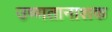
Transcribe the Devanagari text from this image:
उष्णतानाशक